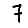
Digit: 7